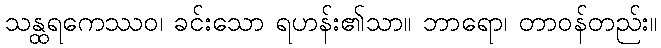
သန္ထရကေဿဝ၊ ခင်းသော ရဟန်း၏သာ။ ဘာရော၊ တာဝန်တည်း။